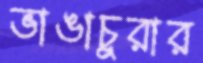
ভাঙাচুরার